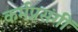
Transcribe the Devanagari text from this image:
कर्मप्रसंगीं